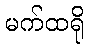
မက်ထရို